Civil Veterinary Department Bengal reports 1923-33 - 1923-1933
Year: 1923
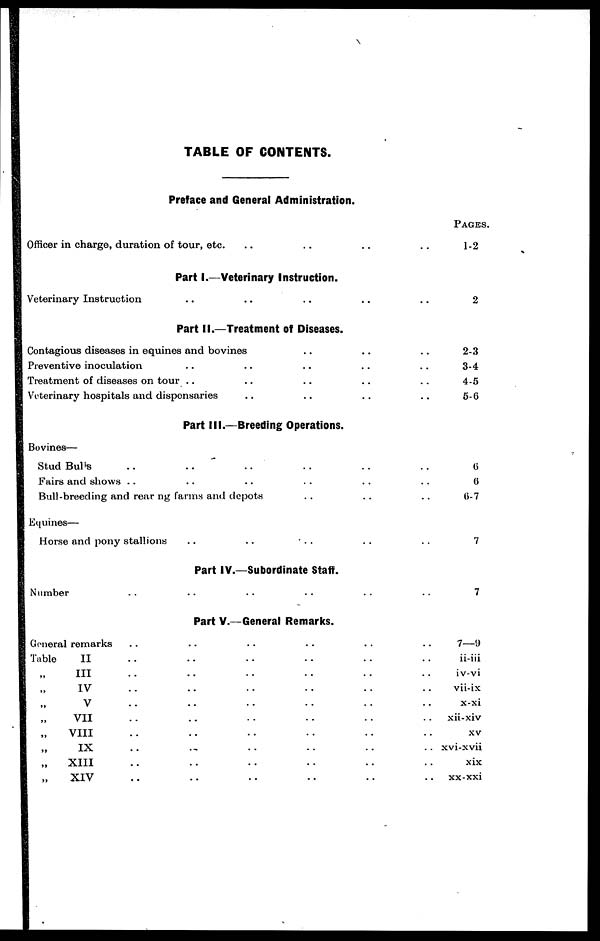
TABLE OF CONTENTS.
Preface and General Administration.
Officer in charge, duration of tour, etc. .. ..
..
..
PAGES.
1-2
Part I.—Veterinary Instruction.
Veterinary Instruction .. .. ..
..
..
2
Part II.—Treatment of Diseases.
Contagious diseases in equines and bovines ..
Preventive inoculation .. .. ..
Treatment of diseases on tour .. .. ..
Veterinary hospitals and dispensaries .. ..
..
..
..
..
..
..
..
..
2-3
3-4
4-5
5-6
Part III.—Breeding Operations.
Bovines—
Stud Bulls .. .. .. ..
Fairs and shows .. .. .. ..
Bull-breeding and rear ng farms and depots ..
Equines—
Horse and pony stallions .. .. ..
..
..
..
..
..
..
..
..
6
6
6-7
7
Part IV.—Subordinate Staff.
Number .. .. .. ..
..
..
7
Part V.—General Remarks.
General remarks .. .. .. ..
Table
II .. .. .. ..
„ III .. .. .. ..
„ IV .. .. .. ..
„ V .. .. .. ..
„ VII .. .. .. ..
„ VIII .. .. .. ..
„ IX .. .. .. ..
„ XIII .. .. .. ..
„ XIV .. .. .. ..
..
..
..
..
..
..
..
..
..
..
..
..
..
..
..
..
..
..
7—9
ii-iii
iv-vi
vii-ix
x-xi
xii-xiv
xv
xvi-xvii
xix
xx-xxi